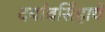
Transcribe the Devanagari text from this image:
दर्यावसिंहाचे